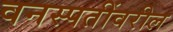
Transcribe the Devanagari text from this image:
वनस्पतींवरील